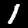
Digit: 1